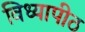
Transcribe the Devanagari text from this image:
विध्यापीठ